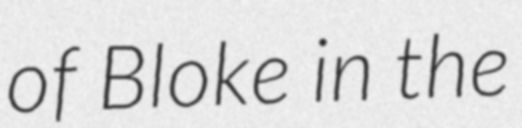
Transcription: of Bloke in the